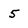
Character: 5